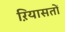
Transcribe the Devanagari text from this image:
ऱियासतों